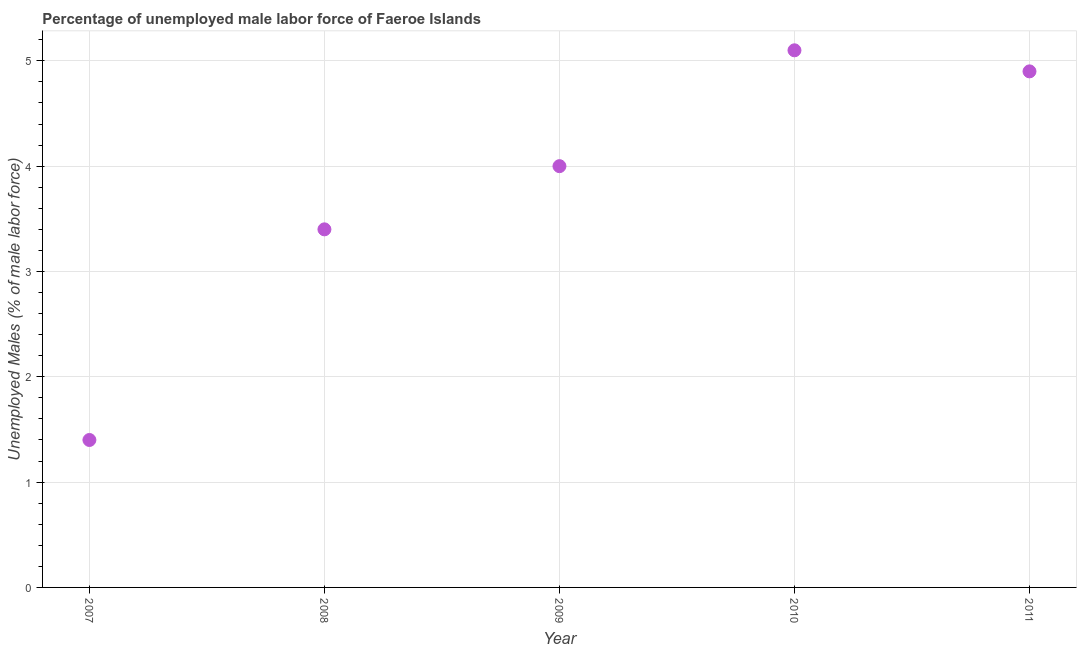
| Year | Unemployment male |
 | --- | --- |
 | 2007 | 1.4 |
 | 2008 | 3.4 |
 | 2009 | 4 |
 | 2010 | 5.1 |
 | 2011 | 4.9 |